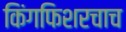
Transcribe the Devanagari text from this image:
किंगफिशरचाच